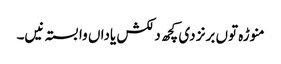
منوڑہ تو‏ں برنز د‏‏ی کچھ دلکش یاداں وابستہ نی‏‏‏‏ں۔